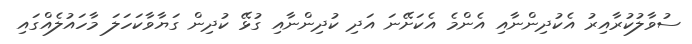
ސުވާލުކުރާއިރު އެކުދިންނާއި އެންމެ އެކަށޭނަ އަދި ކުދިންނާއި ގުޅޭ ކުދިން ގަޔާވާކަހަލަ މާހައުލެއްގައި